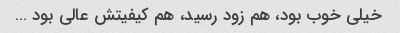
خیلی خوب بود، هم زود رسید، هم کیفیتش عالی بود …